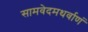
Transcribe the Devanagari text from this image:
सामवेदमथर्वाणं